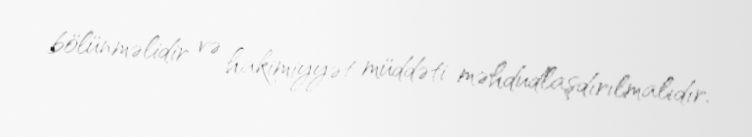
bölünməlidir və hakimiyyət müddəti məhdudlaşdırılmalıdır.